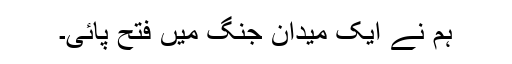
ہم نے ایک میدان جنگ میں فتح پائی۔